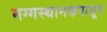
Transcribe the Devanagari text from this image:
मग्गस्थानकपासून